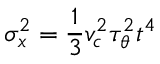
\sigma _ { x } ^ { 2 } = \frac { 1 } { 3 } v _ { c } ^ { 2 } \tau _ { \theta } ^ { 2 } t ^ { 4 }